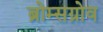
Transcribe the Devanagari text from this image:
ब्रोम्सग्रोव